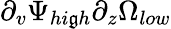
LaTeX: \partial_{v}\Psi_{hi\mathfrak{g}h}\partial_{z}\Omega_{low}